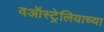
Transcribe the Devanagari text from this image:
वऑस्ट्रेलियाच्या